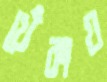
খেঁকায়